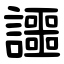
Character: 讍